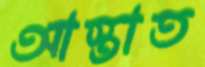
আস্তাত